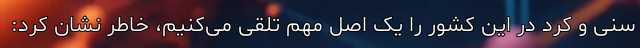
‌سنی و کرد در این کشور را یک اصل مهم تلقی می‌کنیم، خاطر نشان کرد: